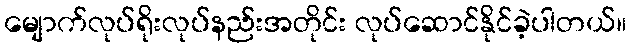
မျောက်လုပ်ရိုးလုပ်နည်းအတိုင်း လုပ်ဆောင်နိုင်ခဲ့ပါတယ်။